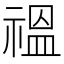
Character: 𫀚